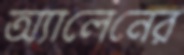
অ্যালেনের